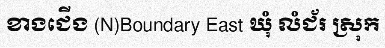
ខាងជើង (N)Boundary East ឃុំ លំជ័រ ស្រុក